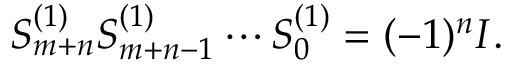
S _ { m + n } ^ { ( 1 ) } S _ { m + n - 1 } ^ { ( 1 ) } \cdots S _ { 0 } ^ { ( 1 ) } = ( - 1 ) ^ { n } I .